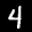
Label: 4